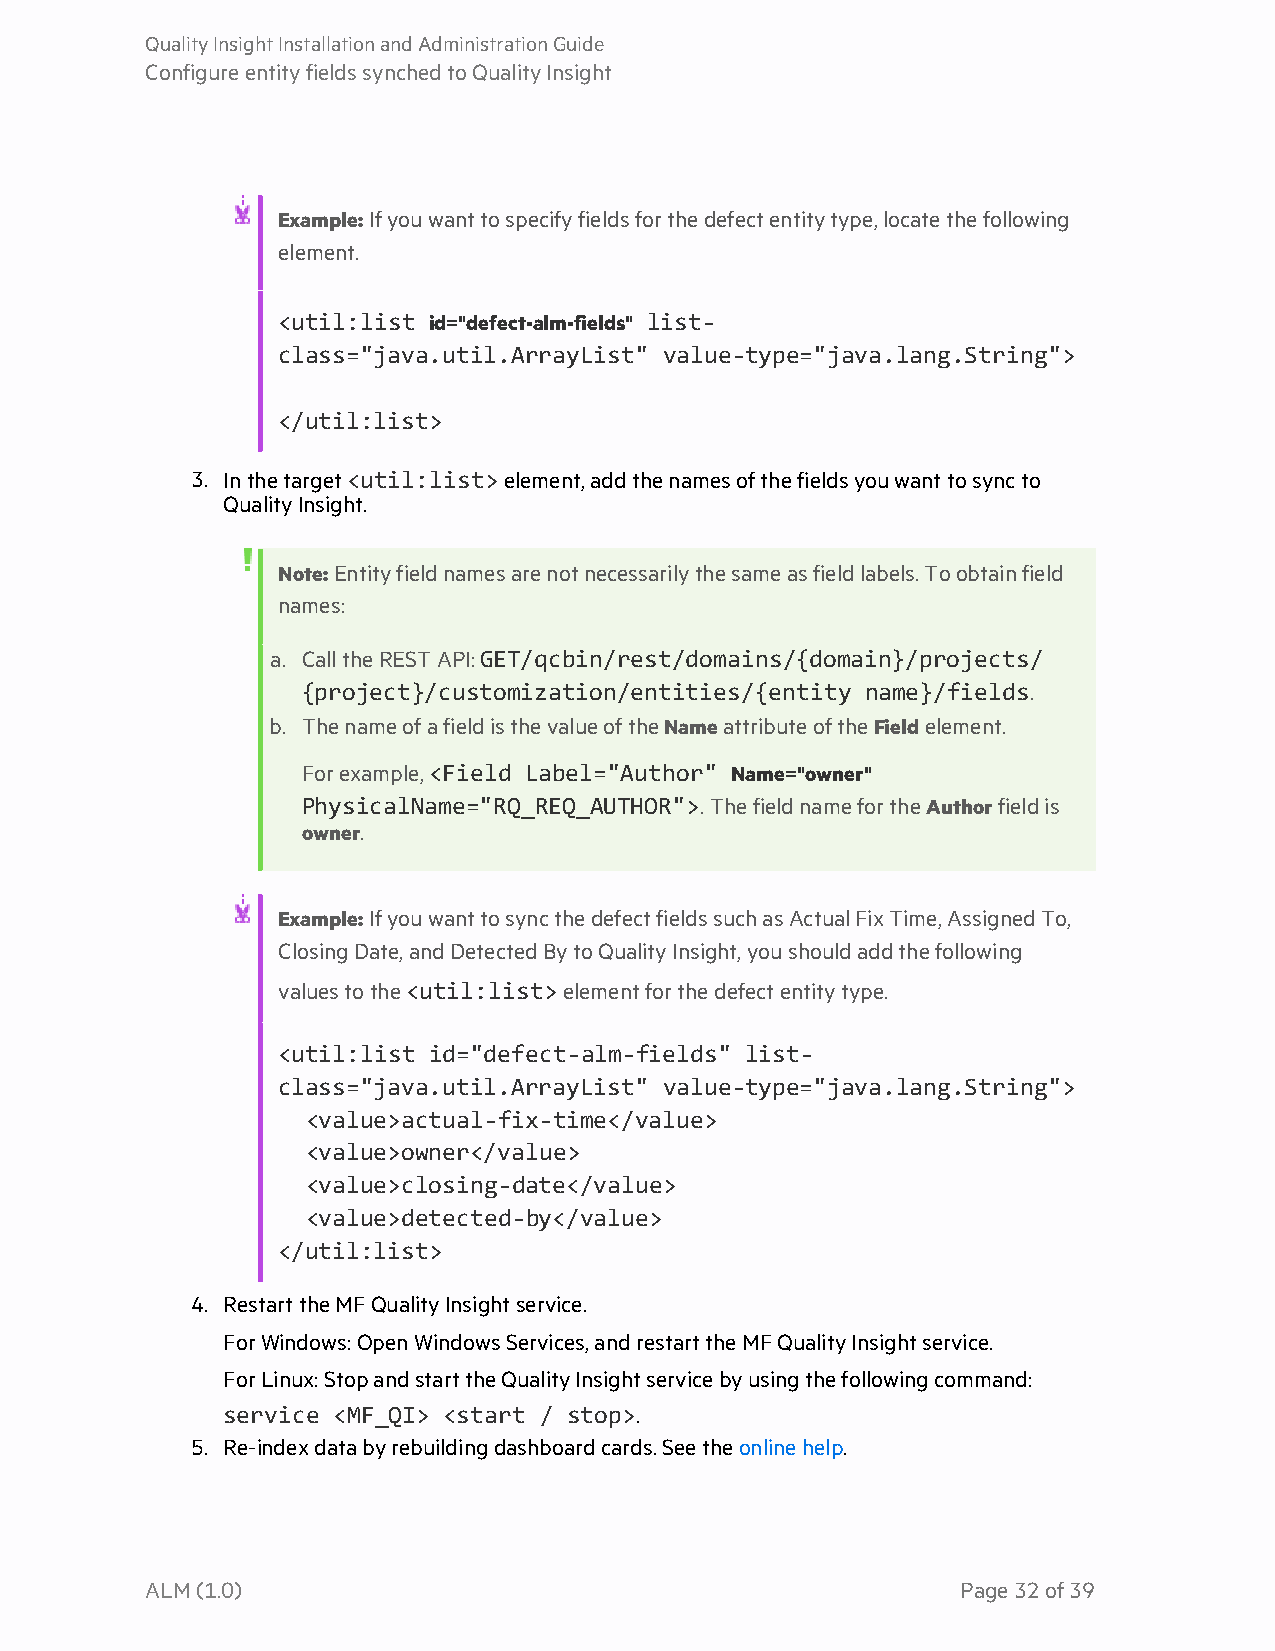
QualityInsightInstallationandAdministrationGuide
 ConfigureentityfieldssynchedtoQualityInsight
 Example:Ifyouwanttospecifyfieldsforthedefectentitytype,locatethefollowing
 element.
 <util:list id="defect-alm-fields" list-
 class="java.util.ArrayList" value-type="java.lang.String">
 </util:list>
 3. Inthetarget<util:list>element,addthenamesofthefieldsyouwanttosyncto
 QualityInsight.
 Note:Entityfieldnamesarenotnecessarilythesameasfieldlabels.Toobtainfield
 names:
 a. CalltheRESTAPI:GET/qcbin/rest/domains/{domain}/projects/
 {project}/customization/entities/{entity name}/fields.
 b. ThenameofafieldisthevalueoftheNameattributeoftheFieldelement.
 Forexample,<Field Label="Author" Name="owner"
 PhysicalName="RQ_REQ_AUTHOR">.ThefieldnamefortheAuthorfieldis
 owner.
 Example:IfyouwanttosyncthedefectfieldssuchasActualFixTime,AssignedTo,
 ClosingDate,andDetectedBytoQualityInsight,youshouldaddthefollowing
 valuestothe<util:list>elementforthedefectentitytype.
 <util:list id="defect-alm-fields" list-
 class="java.util.ArrayList" value-type="java.lang.String">
 <value>actual-fix-time</value>
 <value>owner</value>
 <value>closing-date</value>
 <value>detected-by</value>
 </util:list>
 4. RestarttheMFQualityInsightservice.
 ForWindows:OpenWindowsServices,andrestarttheMFQualityInsightservice.
 ForLinux:StopandstarttheQualityInsightservicebyusingthefollowingcommand:
 service <MF_QI> <start / stop>.
 5. Re-indexdatabyrebuildingdashboardcards.Seetheonlinehelp.
 ALM(1.0)                                              Page32of39